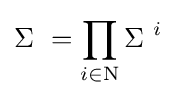
\Sigma \ =\prod _{i\in \mathrm {N} }\Sigma \ ^{i}